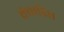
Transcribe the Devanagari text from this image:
वैचारित